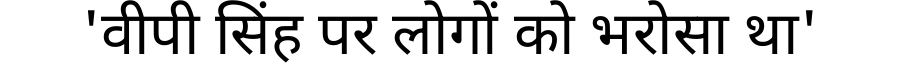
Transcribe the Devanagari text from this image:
'वीपी सिंह पर लोगों को भरोसा था'